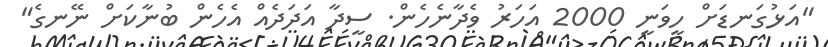
"އަޅުގަނޑަށް ހީވަނީ 2000 އަހަރު ވެދާނެހެން. ސީދާ އަދަދެއް އެހެން ބުނާކަށް ނޭނގެ"